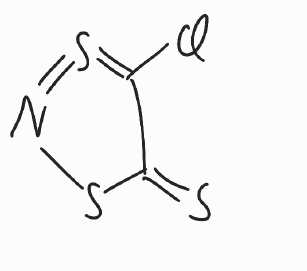
Simplified molecular-input line-entry system (SMILES) notation of the given molecule:
C1(=S)C(=S=NS1)Cl